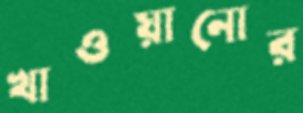
খাওয়ানোর